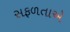
સફળતાએ